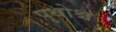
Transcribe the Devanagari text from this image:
पृथोश्च